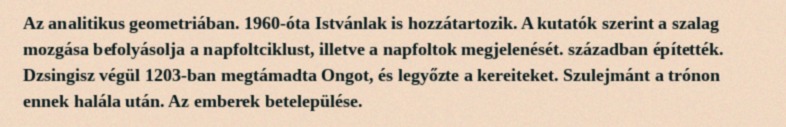
Az analitikus geometriában. 1960-óta Istvánlak is hozzátartozik. A kutatók szerint a szalag mozgása befolyásolja a napfoltciklust, illetve a napfoltok megjelenését. században építették. Dzsingisz végül 1203-ban megtámadta Ongot, és legyőzte a kereiteket. Szulejmánt a trónon ennek halála után. Az emberek betelepülése.